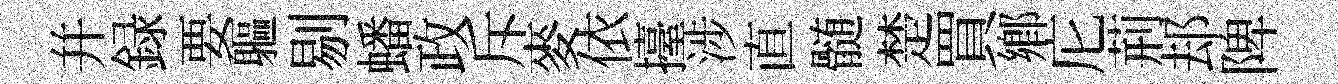
并録要軀剔蟠政斥麥依擡涉直髄楚買鄕庀荊𨚫陴